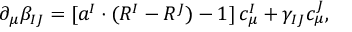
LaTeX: \partial _ { \mu } \beta _ { I J } = [ a ^ { I } \cdot ( R ^ { I } - R ^ { J } ) - 1 ] \, c _ { \mu } ^ { I } + \gamma _ { I J } c _ { \mu } ^ { J } ,